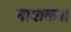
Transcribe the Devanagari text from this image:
नाशक॥